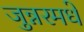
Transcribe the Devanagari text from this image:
जुन्नरमधे